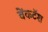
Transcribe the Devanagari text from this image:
वेंकटॅश